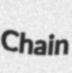
Chain